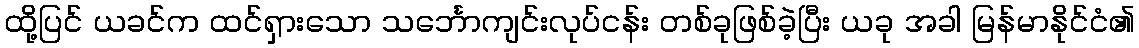
ထို့ပြင် ယခင်က ထင်ရှားသော သင်္ဘောကျင်းလုပ်ငန်း တစ်ခုဖြစ်ခဲ့ပြီး ယခု အခါ မြန်မာနိုင်ငံ၏